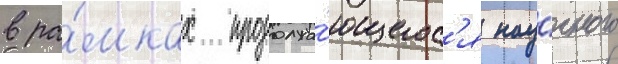
в ра́мках продолжа́ющегос'я нау́чного